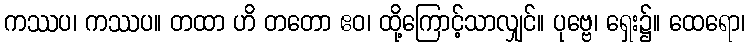
ကဿပ၊ ကဿပ။ တထာ ဟိ တတော ဧဝ၊ ထို့ကြောင့်သာလျှင်။ ပုဗ္ဗေ၊ ရှေး၌။ ထေရော၊